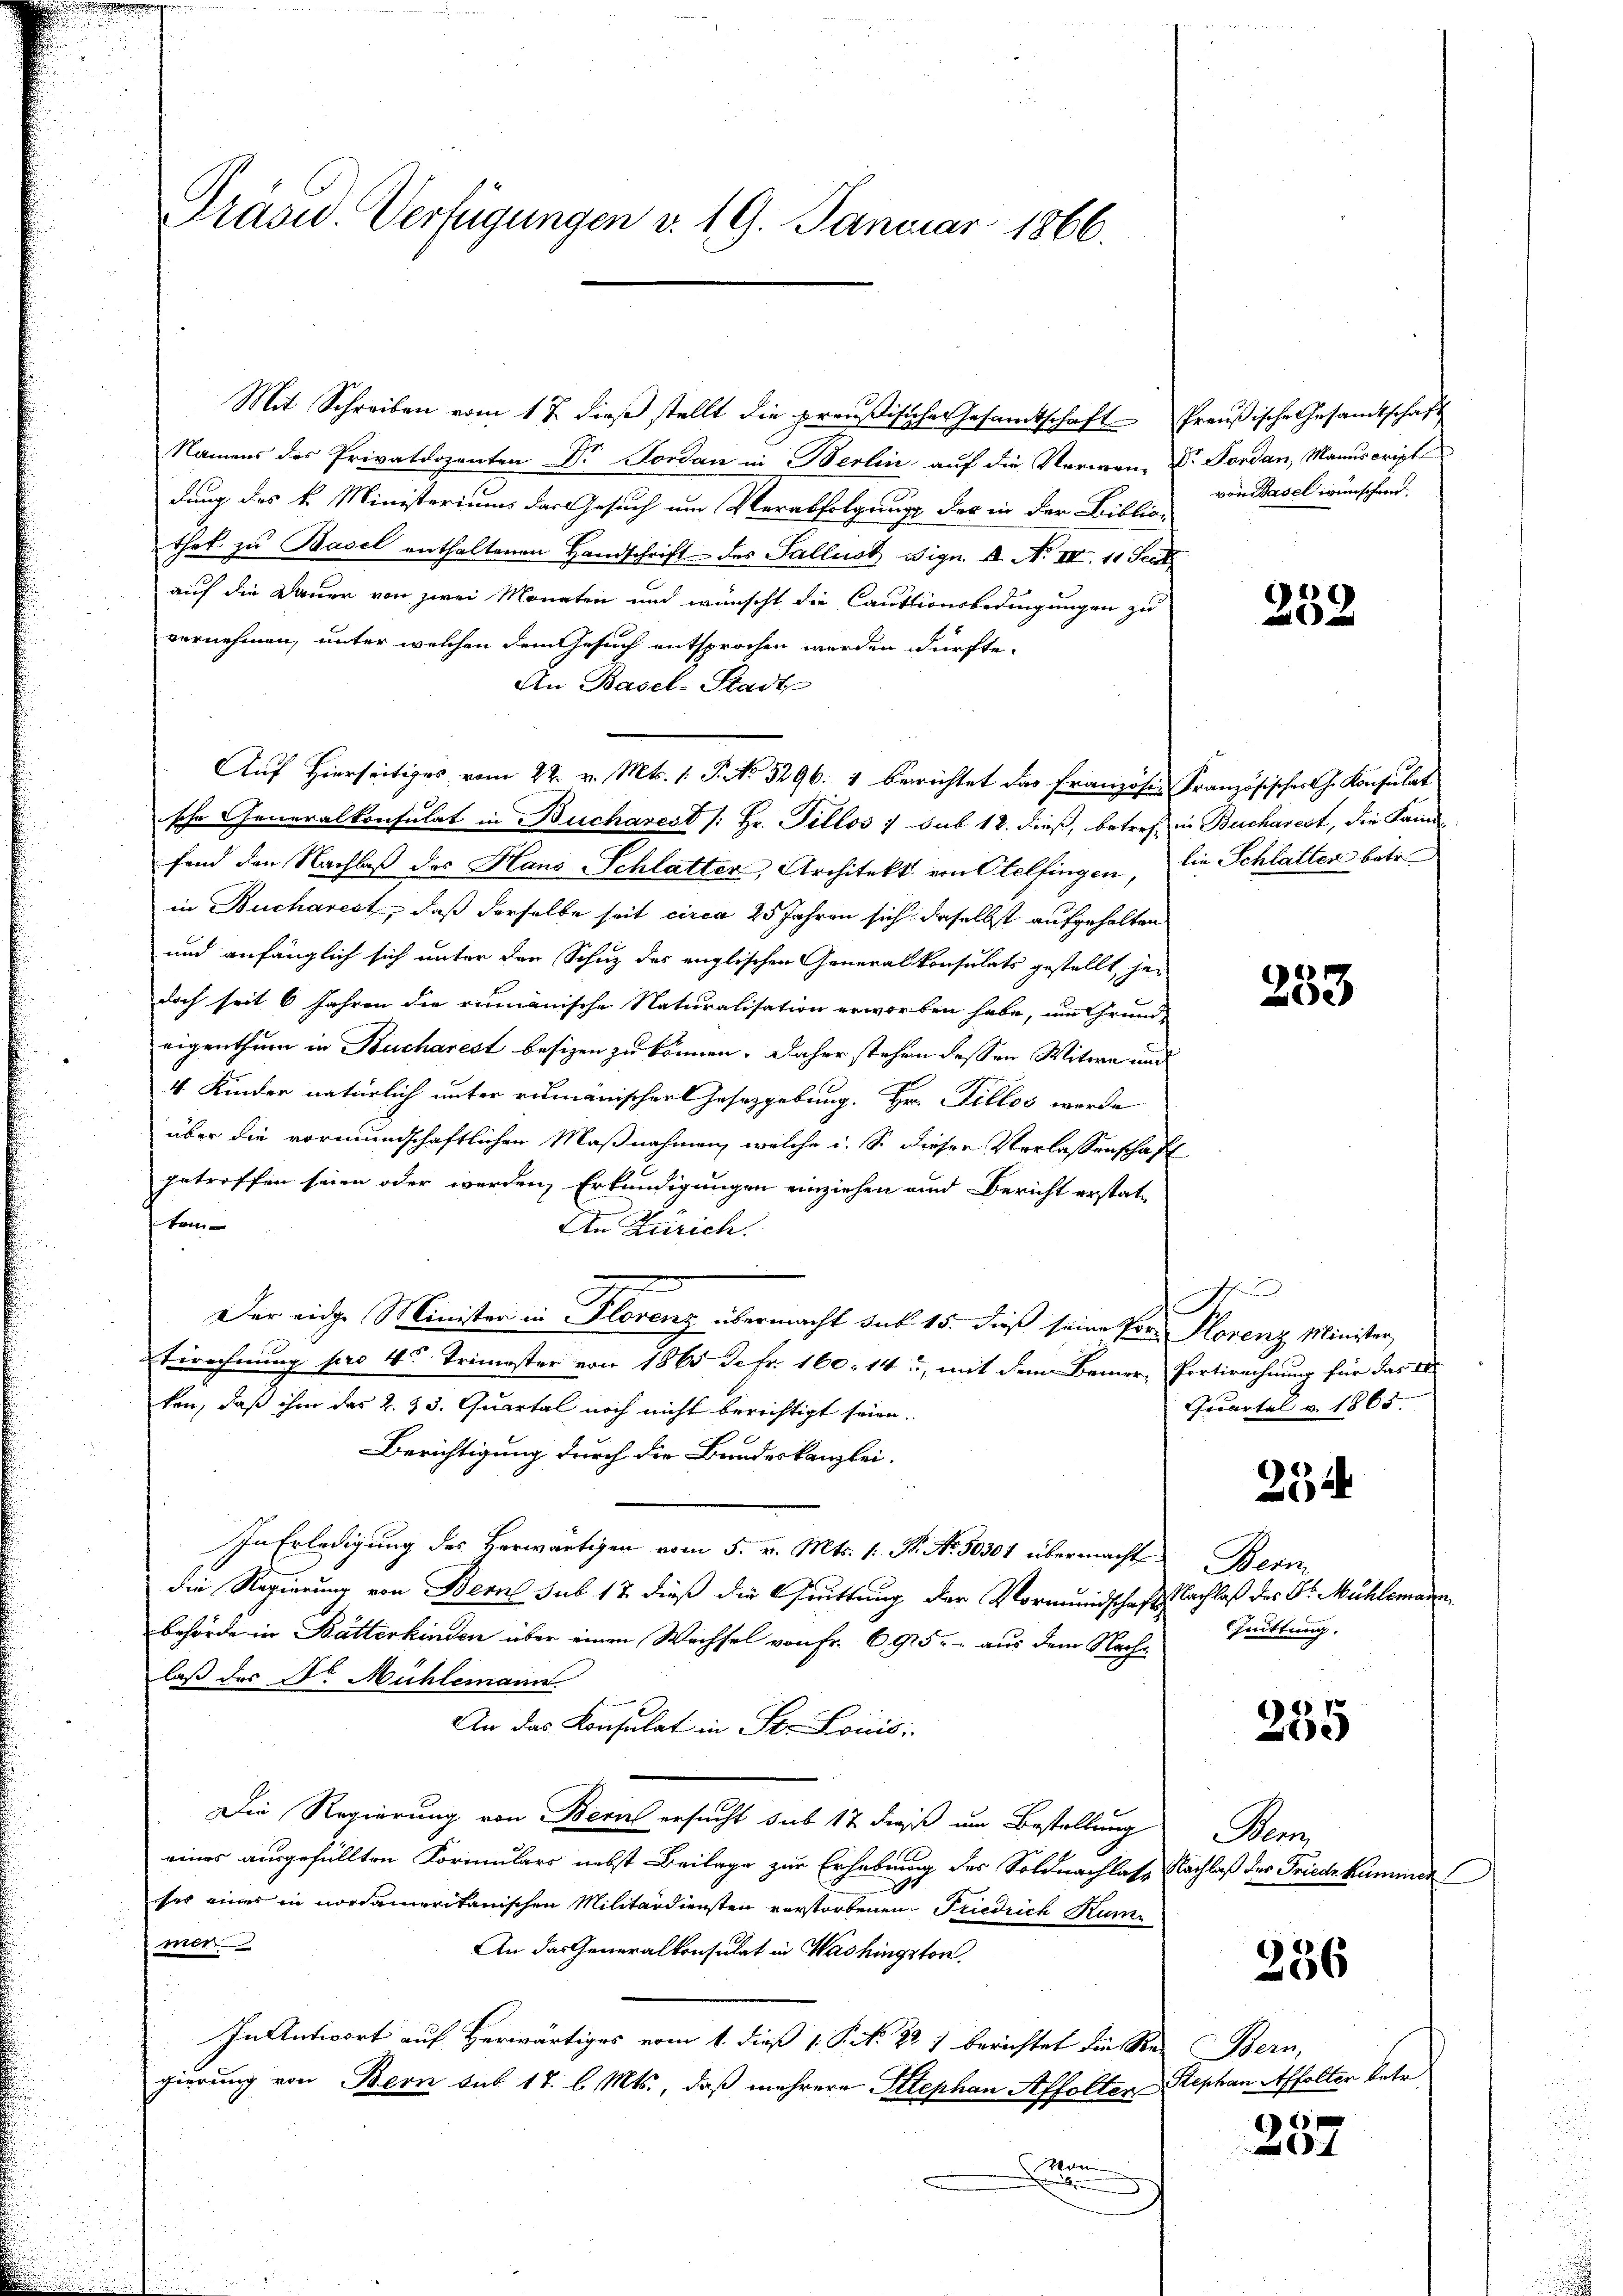
Prasw. Verfügungen v. 19. Januar 1866.

Mit Schreiben vom 17. dieß stellt die preußischer Gesamtschaft Preußische Gesandtschaft
Namens des Privatdozenten Dr Forden in Berlin auf die Verwen- Dr Forden, Manuscript
dung des k. Ministeriums das Gesuch um Verabfolgung des in der Biblio-
thek zu Basel enthaltenen Handschrift des Sallust Sign. 2. No III. 10 Sect
auf die Dauer von zwei Monaten und wünscht die Cautionsbedingungen zu
vernehmen, unter welchen dem esuch entsprochen werden dürfte.
An Basel-Stadt
Auf Hierseitiges vom 22. v. Mts. 1. P. No. 5296. 4 berichtet das Französis Französisches h. Konsulat
sche Generalkonsulat in Bucharest /: Hr. Tillos sub 12. dieß, betreff in Bucharest, die Famifend den Nachlaβ des Hans Schlatter, Architekt von Otelfingen, die Schlatter betr.
in Bucharest, daß derselbe seit circa 25 Jahren sich daselbst aufgehalten
und anfänglich sich unter der Schuz des englischen Generalkonsulats gestellt, je-
doch seit 6 Jahren die rumänische Naturalisation erworben habe, um Grund-
eigenthum in Bucharest besizen zu können. Daher stehen dessen Witwe und
4 Kinder natürlich unter rumänischer Gesetzgebung. Hr. Tillos werde
über die vormundschaftlichen Maßnahmen, welche i. S. dieser Verlassenschaft
getroffen seien oder werden, Erkundigungen einziehen und Bericht erstattri
An Zürich.
Der eidge Minister in Florenz übermacht sub 15. dieß seine Pro. Florenz Minister,
Tirechnung pro 4t Trimester von 1865 defr. 160. 14, mit dem Bemer-Portirechnung für das 18
ken, daß ihm das 2. 33. Quartal noch nicht berichtigt seien.
Berichtigung durch die Bundeskanzlei-
In Erledigung des Herwärtigen vom 5. v. Mts. (: N. N. 50301 übermacht
die Regierung von Bern sub 18 dieß die Crittung der Vormundschafts Bachlaß des Dr. Mühleman
behörde in Bätterkinden über einen Wechsel von Fr. 6915. - aus dem Nachlaß des Dr. Mühlemann
An das Konsulat in St. Louis
Die Regierung von Bern ersucht sub 17 dieß um Bestellung
eines ausgefüllten Formulars nebst Beilage zur Erhebung des Soldnachlasse Nachlaß des Friedr. Kummer
ses eines in nordamerikanischen Militärdiensten vorstorbenen Friedrich Kum
mer
An das Generalkonsulat in Washingston,
In Antwort auf Herwärtiges vom 1. dieß 1 P. Nr. 287 berichtet die Re- Bern,
gierung von Bern sub 17. l. Mts., daß mehrere Stephan Affolten Stephan Affolter Petr
Man

von Basel wünschend.

238

233

A
Qecartal v. 1865.

254

Bern
Quittung.

255

Man

336

257